NAE_ERA_R-2324_Eesti_Vabariigi_Pohiseaduslik_Assamblee, lk 67
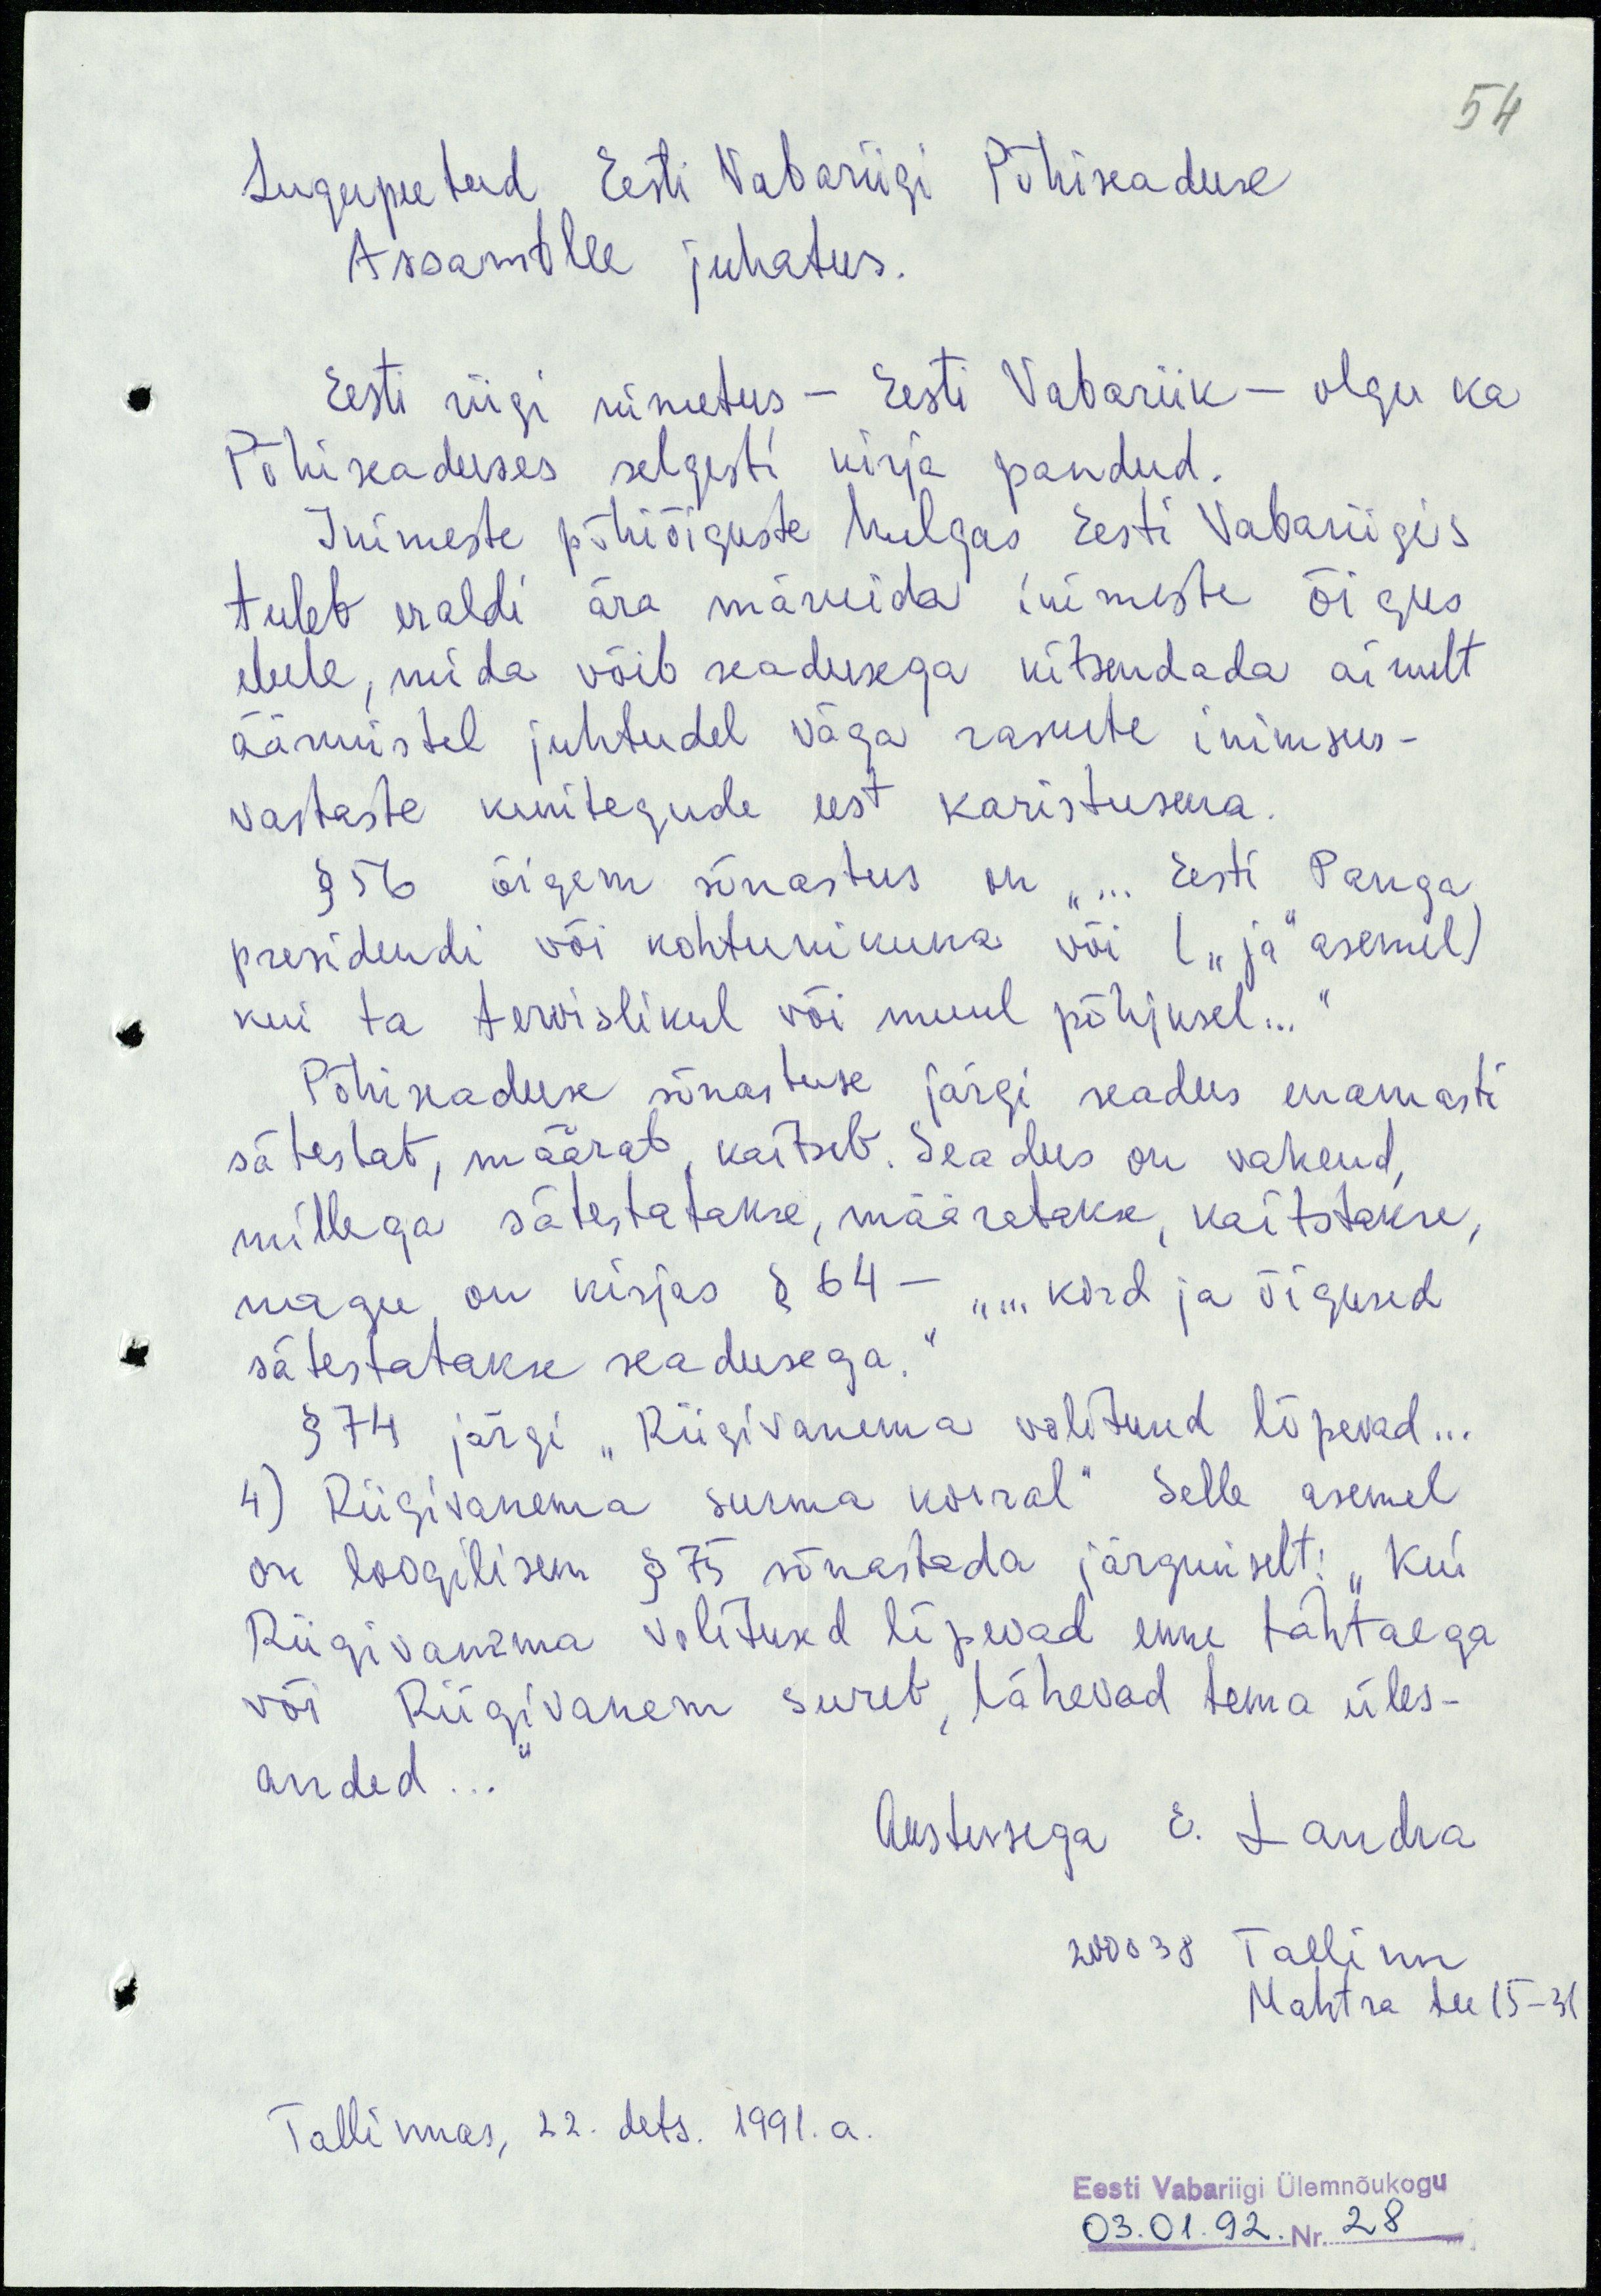
54
Lugupeetud Eesti Vabariigi Põhiseaduse
Assamblee juhatus.
Eesti riigi nimetus - Eesti Vabariik - olgu ka
Põhiseaduses selgesti kirja pandud.
Inimeste põhiõiguste hulgas Eesti Vabariigis
tuleb eraldi ära märkida inimeste õigus
elule, mida võib seadusega kitsendada ainult
äärmistel juhtudel väga raskete inimsus-
vastaste kuritegude eest karistusena.
§ 56 õigem sõnastus on " ... Eesti Panga
presidendi või kohtunikuna või ( "ja" asemel)
kui ta tervislikul või muul põhjusel..."
Põhiseaduse sõnastuse järgi seadus enamasti
sätestab, määrab, kaitseb. Seadus on vahend,
millega sätestatakse, määratakse, kaitstakse,
nagu on kirjas § 64 - "... kord ja õigused
sätestatakse seadusega.“
§ 74 järgi "Riigivanema volitused lõpevad...
4) Riigivanema surma korral" Selle asemel
on loogilisem § 75 sõnastada järgmiselt: "Kui
Riigivanema volitused lõpevad enne tähtaega
või Riigivanem sureb, lähevad tema üles-
anded..."
Austusega E. Landra
200038 Tallinn
Mahtra tee 15-31
Tallinnas, 22. dets. 1991.a.
Eesti Vabariigi Ülemnõukogu
03.01.92. Nr. 28